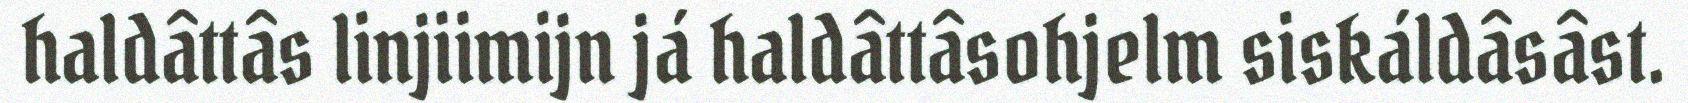
haldâttâs linjiimijn já haldâttâsohjelm siskáldâsâst.